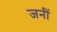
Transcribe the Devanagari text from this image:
जनीं